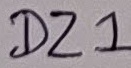
Text: DZ1